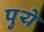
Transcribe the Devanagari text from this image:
पुये